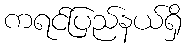
ကရင်ပြည်နယ်ရှိ